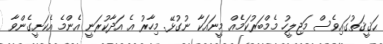
ޙަޤީޤަތުގައިވެސް މަޖިލީހު މެމްބަރުކަމެއް މީނައަކާ ނުގުޅޭ. މިހާރު އެ އަދާކުރަނީ އެންމެ އެކަށީގެންވާ